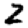
Digit: 2